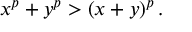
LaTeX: x ^ { p } + y ^ { p } > \left( x + y \right) ^ { p } .